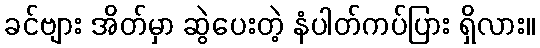
ခင်ဗျား အိတ်မှာ ဆွဲပေးတဲ့ နံပါတ်ကပ်ပြား ရှိလား။